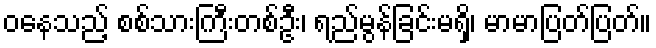
ဝနေသည့် စစ်သားကြီးတစ်ဦး၊ ရည်မွန်ခြင်းမရှိ၊ မာမာပြတ်ပြတ်။